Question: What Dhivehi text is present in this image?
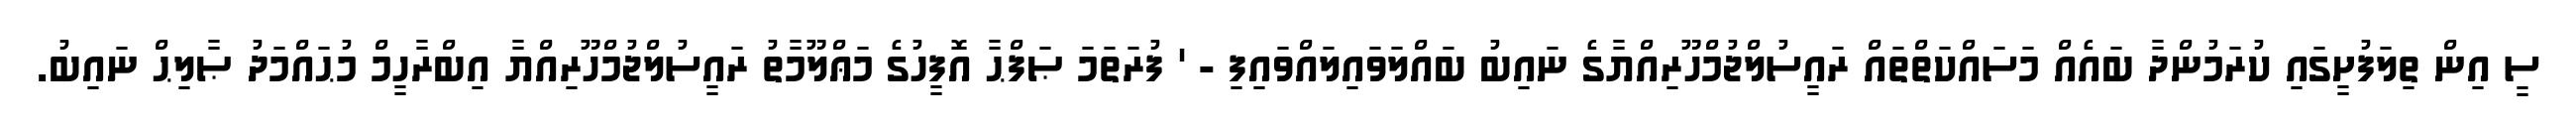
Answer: ސީ އިން ތިލަފުށީގައި ކުރަމުންދާ ބައެއް މަސައްކަތްތައް ރައީސުލްޖުމްހޫރިއްޔާގެ ނައިބު ބައްލަވައިލައްވައިފި - ' ފުރަތަމަ ޞަފްޙާ އޮފީހުގެ މަޢްލޫމާތު ރައީސުލްޖުމްހޫރިއްޔާ އިބްރާހީމް މުޙައްމަދު ޞާލިޙް ނައިބު.